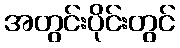
အတွင်းပိုင်းတွင်